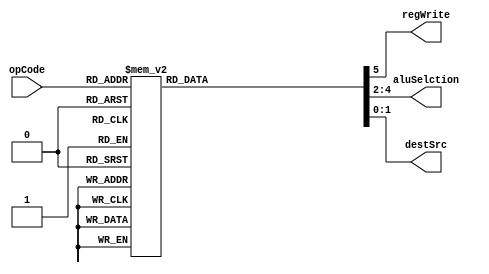
`timescale 1ns / 1ps
module controlUnit(
  input [2:0] opCode,
  output regWrite,
  output [2:0] aluSelction,
  output [1:0] destSrc);
  
  reg [5:0] ctrlSignals;
  assign {regWrite, aluSelction, destSrc} = ctrlSignals;

  always @(*)
    case(opCode)        // wr,alu,mux
     3'b000: ctrlSignals = 6'b1_XXX_00; //load
	  3'b001: ctrlSignals = 6'b1_XXX_01; //mov
	  3'b010: ctrlSignals = 6'b1_000_11; //add
	  3'b011: ctrlSignals = 6'b1_001_11; //sub
	  3'b100: ctrlSignals = 6'b1_010_11; //and
	  3'b101: ctrlSignals = 6'b1_011_11; //or
	  3'b110: ctrlSignals = 6'b1_100_11; //xor
	  3'b111: ctrlSignals = 6'b0_XXX_10; //store
	  default : ctrlSignals = 6'b000000;
    endcase
endmodule